Medical and sanitary report of the native army of Bengal for the year
Year: 1875
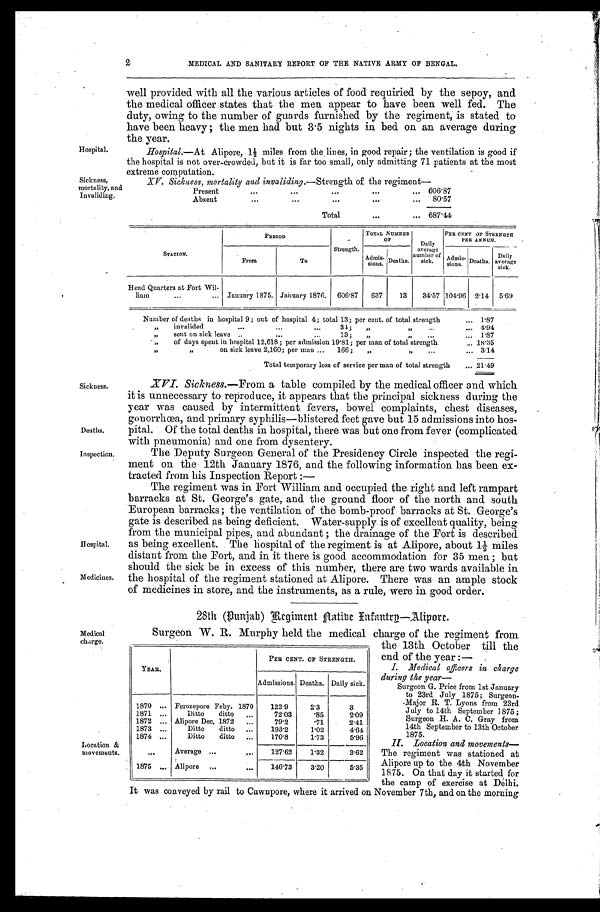
Hospital.
Sickness,
mortality, and
Invaliding.
Deaths.
Inspection.
Medical
charge.
Location &
movements.
2
MEDICAL AND SANITARY REPORT OF THE NATIVE ARMY OF BENGAL.
well provided with all the various articles of food requiried by the sepoy, and
the medical officer states that the men appear to have been well fed. The
duty, owing to the number of guards furnished by the regiment, is stated to
have been heavy; the men had but 3.5 nights in bed on an average during
the year.
Hospital.—At Alipore, 1½ miles from the lines, in good repair; the ventilation is good if
the hospital is not over-crowded, but it is far too small, only admitting 71 patients at the most
extreme computation.
XV. Sickness, mortality and invaliding.— Strength of the regiment
Present
.
.
. 606.87
Absent
. . .
80.57
Total
. . . 687.44
Sickness.
Hospital.
Medicines.
STATION.
PERIOD
Strength.
TOTAL NUMBER
OF
Daily
average
number of
sick.
PER CENT OF STRENGTH
PER ANNUM.
Admis-
sious.
Deaths.
Admis-
sions. Deaths.
Daily
average
sick.
From
To
Head Quarters at Fort Wil -
liam. . . January 1875. January 1876.
606.87
637
13
34.57 104.96 2.14
5.69
Number of deaths in hospital 9; out of hospital 4; total 13; per cent. of total strength . . . 1.87
"
invalided . . . 34; " " . . . 4.94
"
s e n t o n s i c k l e a v e . . . 1 3 ; " " . . . 1.87
"
of days spent in hospital 12,618; per admission 19.81; per man of total strength . . . 18.35
"
on sick leave 2,160; per man . . . 166; " " . . . 3.14
Total temporary loss of service per man of total strength . . . 21.49
XVI. Sickness.—From a table compiled by the medical officer and which
it is unnecessary to reproduce, it appears that the principal sickness during the
year was caused by intermittent fevers, bowel complaints, chest diseases,
gonorrhœa, and primary syphilis—blistered feet gave but 15 admissions into hos-
pital. Of the total deaths in hospital, there was but one from fever (complicated
with pneumonia) and one from dysentery.
The Deputy surgeon general of the Presidency Circle inspected the regi
-
ment on the 12th January 1876, and the following information has been ex
-
tracted from his Inspection Report:—
The regiment was in Fort William and occupied the right and left rampart
barracks at St. George's gate, and the ground floor of the north and south
European barracks; the ventilation of the bomb-proof barracks at St. George's
gate is described as being deficient. Water-supply is of excellent quality, being
from the municipal pipes, and abundant; the drainage of the Fort is described
as being excellent. The hospital of the regiment is at Alipore, about 1½ miles
distant from the Fort, and in it there is good accommodation for 35 men; but
should the sick be in excess of this number, there are two wards available in
the hospital of the regiment stationed at Alipore. There was an ample stock
of medicines in store, and the instruments, as a rule, were in good order.
28th (Punjab) Regiment A atibe Infantry—Alipore.
YEAR.
PER CENT. OF STRENGTH.
Admissions. Deaths. Daily sick.
1870 . . .
Ferozepore Feby. 1870
122.9
2.3
3
1871 . . .
Ditto ditto
. . .
72.03
.85
2.09
1872. . .
Alipore Dec, 1872. . .
79.2
.71
2.41
1873. . .
Ditto ditto. . .
193.2 1.02
4.64
1874 . . .
Ditto ditto
. . .
170.8
1.73
5.96
. . .
A v e r a g e . . .
127.62
1.32
3.62
1875 . . .
Alipore
. . .
146.73
3.20
5.35
Surgeon W. R. Murphy held the medical charge of the regiment from
the 13th October till the
end of the year:
—
I. Medical officers in charge
during the year—
Surgeon G. Price from 1st January
to 23rd July 1875; Surgeeon
- Major R. T. Lyons from 23rd
July to 14th September 1875;
Surgeon H. A. C. Gray from
14th September to 13th October
1875.
II. Location and movements—
The regiment was stationed at
Alipore up to the 4th November
1875. On that day it started for
the camp of exercise at Delhi.
It was conveyed by rail to Cawnpore, where it arrived on November 7th, and on the morning